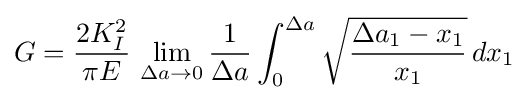
G={\frac {2K_{I}^{2}}{\pi E}}\,\lim _{\Delta a\to 0}{\frac {1}{\Delta a}}\int _{0}^{\Delta a}{\sqrt {\frac {\Delta a_{1}-x_{1}}{x_{1}}}}\,dx_{1}